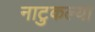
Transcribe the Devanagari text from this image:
नाटुकल्या